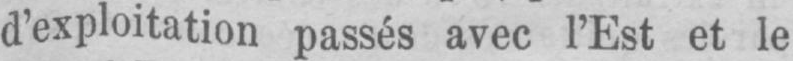
d’exploitation passés avec l’Est et le